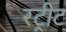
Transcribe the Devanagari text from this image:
रट्रीट